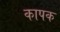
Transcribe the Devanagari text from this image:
कापक